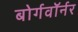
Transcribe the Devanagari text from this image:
बोर्गवॉर्नर